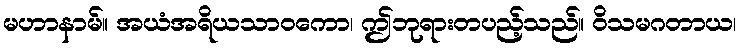
မဟာနာမ်။ အယံအရိယသာဝကော၊ ဤဘုရားတပည့်သည်။ ဝိသမဂတာယ၊